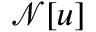
{ \mathcal N } [ u ]